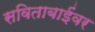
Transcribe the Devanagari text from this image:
सविताबाईंवर